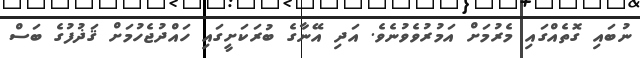
ނުބައި ގޮތެއްގައި މެރުމަށް އަމުރުވެވުނެވެ. އަދި އޭނާގެ ބުރަކަށީގައި ހައްދުޖެހުމަށް ޤަޛުފުގެ ބަސް